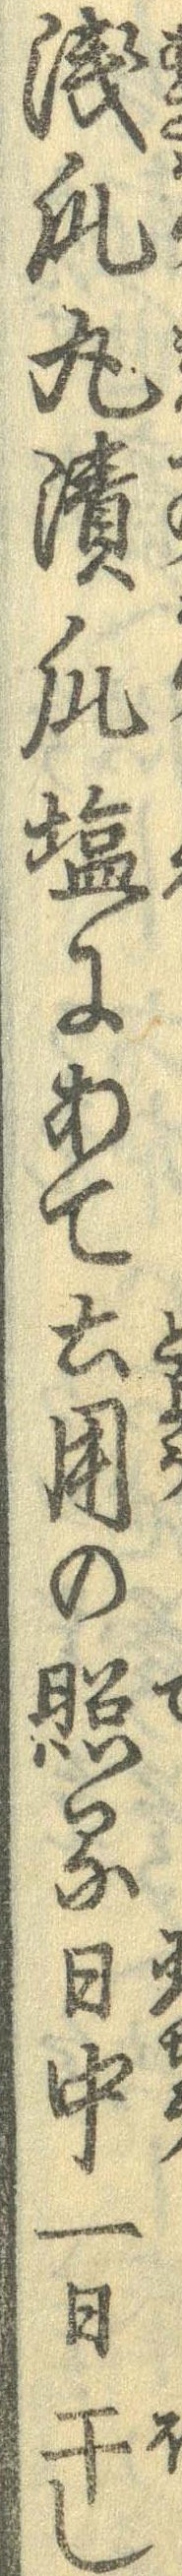
浅瓜丸漬瓜塩にあて土用の照る日中一日干し